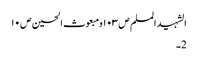
الشہید المسلم ص١٠٣ومبعوث الحسین ص١٠
2۔